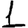
Digit: 1